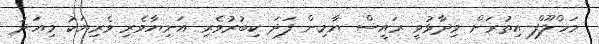
މަހްލޫފް އިތުރަށް ވިދާޅުވީ ރައީސް ޔާމިން ފަދަ ކިބުރުވެރި އަނިޔާވެރި ވެރިޔަކު މިއަދު